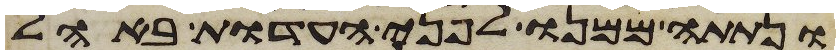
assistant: ונתתה ממנו לפני העדות באהל